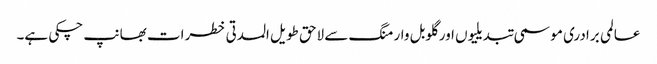
عالمی برادری موسمی تبدیلیوں اور گلوبل وارمنگ سے لاحق طویل المدتی خطرات بھانپ چکی ہے۔